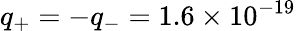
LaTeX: q_{+}=-q_{-}=1.6\times 10^{-19}